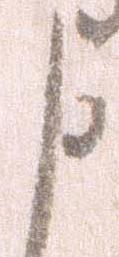
申